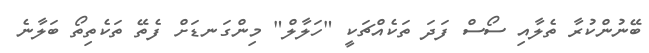
ބޭނުންކުރާ ތެލާއި ސޯސް ފަދަ ތަކެއްޗަކީ "ހަލާލް" މިންގަނޑަށް ފެތޭ ތަކެތިތޯ ބަލާނެ